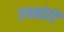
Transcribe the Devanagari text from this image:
उच्च्कोटि